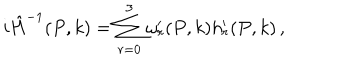
LaTeX: i \hat { H } ^ { - 1 } ( P , k ) = \sum _ { r = 0 } ^ { 3 } \omega _ { r } ^ { \prime } ( P , k ) h _ { r } ^ { \prime } ( P , k ) \, ,